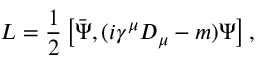
{ \cal L } = \frac { 1 } { 2 } \left[ \bar { \Psi } , ( i \gamma ^ { \mu } D _ { \mu } - m ) \Psi \right] ,